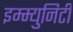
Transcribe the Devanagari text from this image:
इम्म्युनिटी